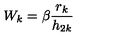
W _ { k } = \beta \frac { r _ { k } } { h _ { 2 k } }